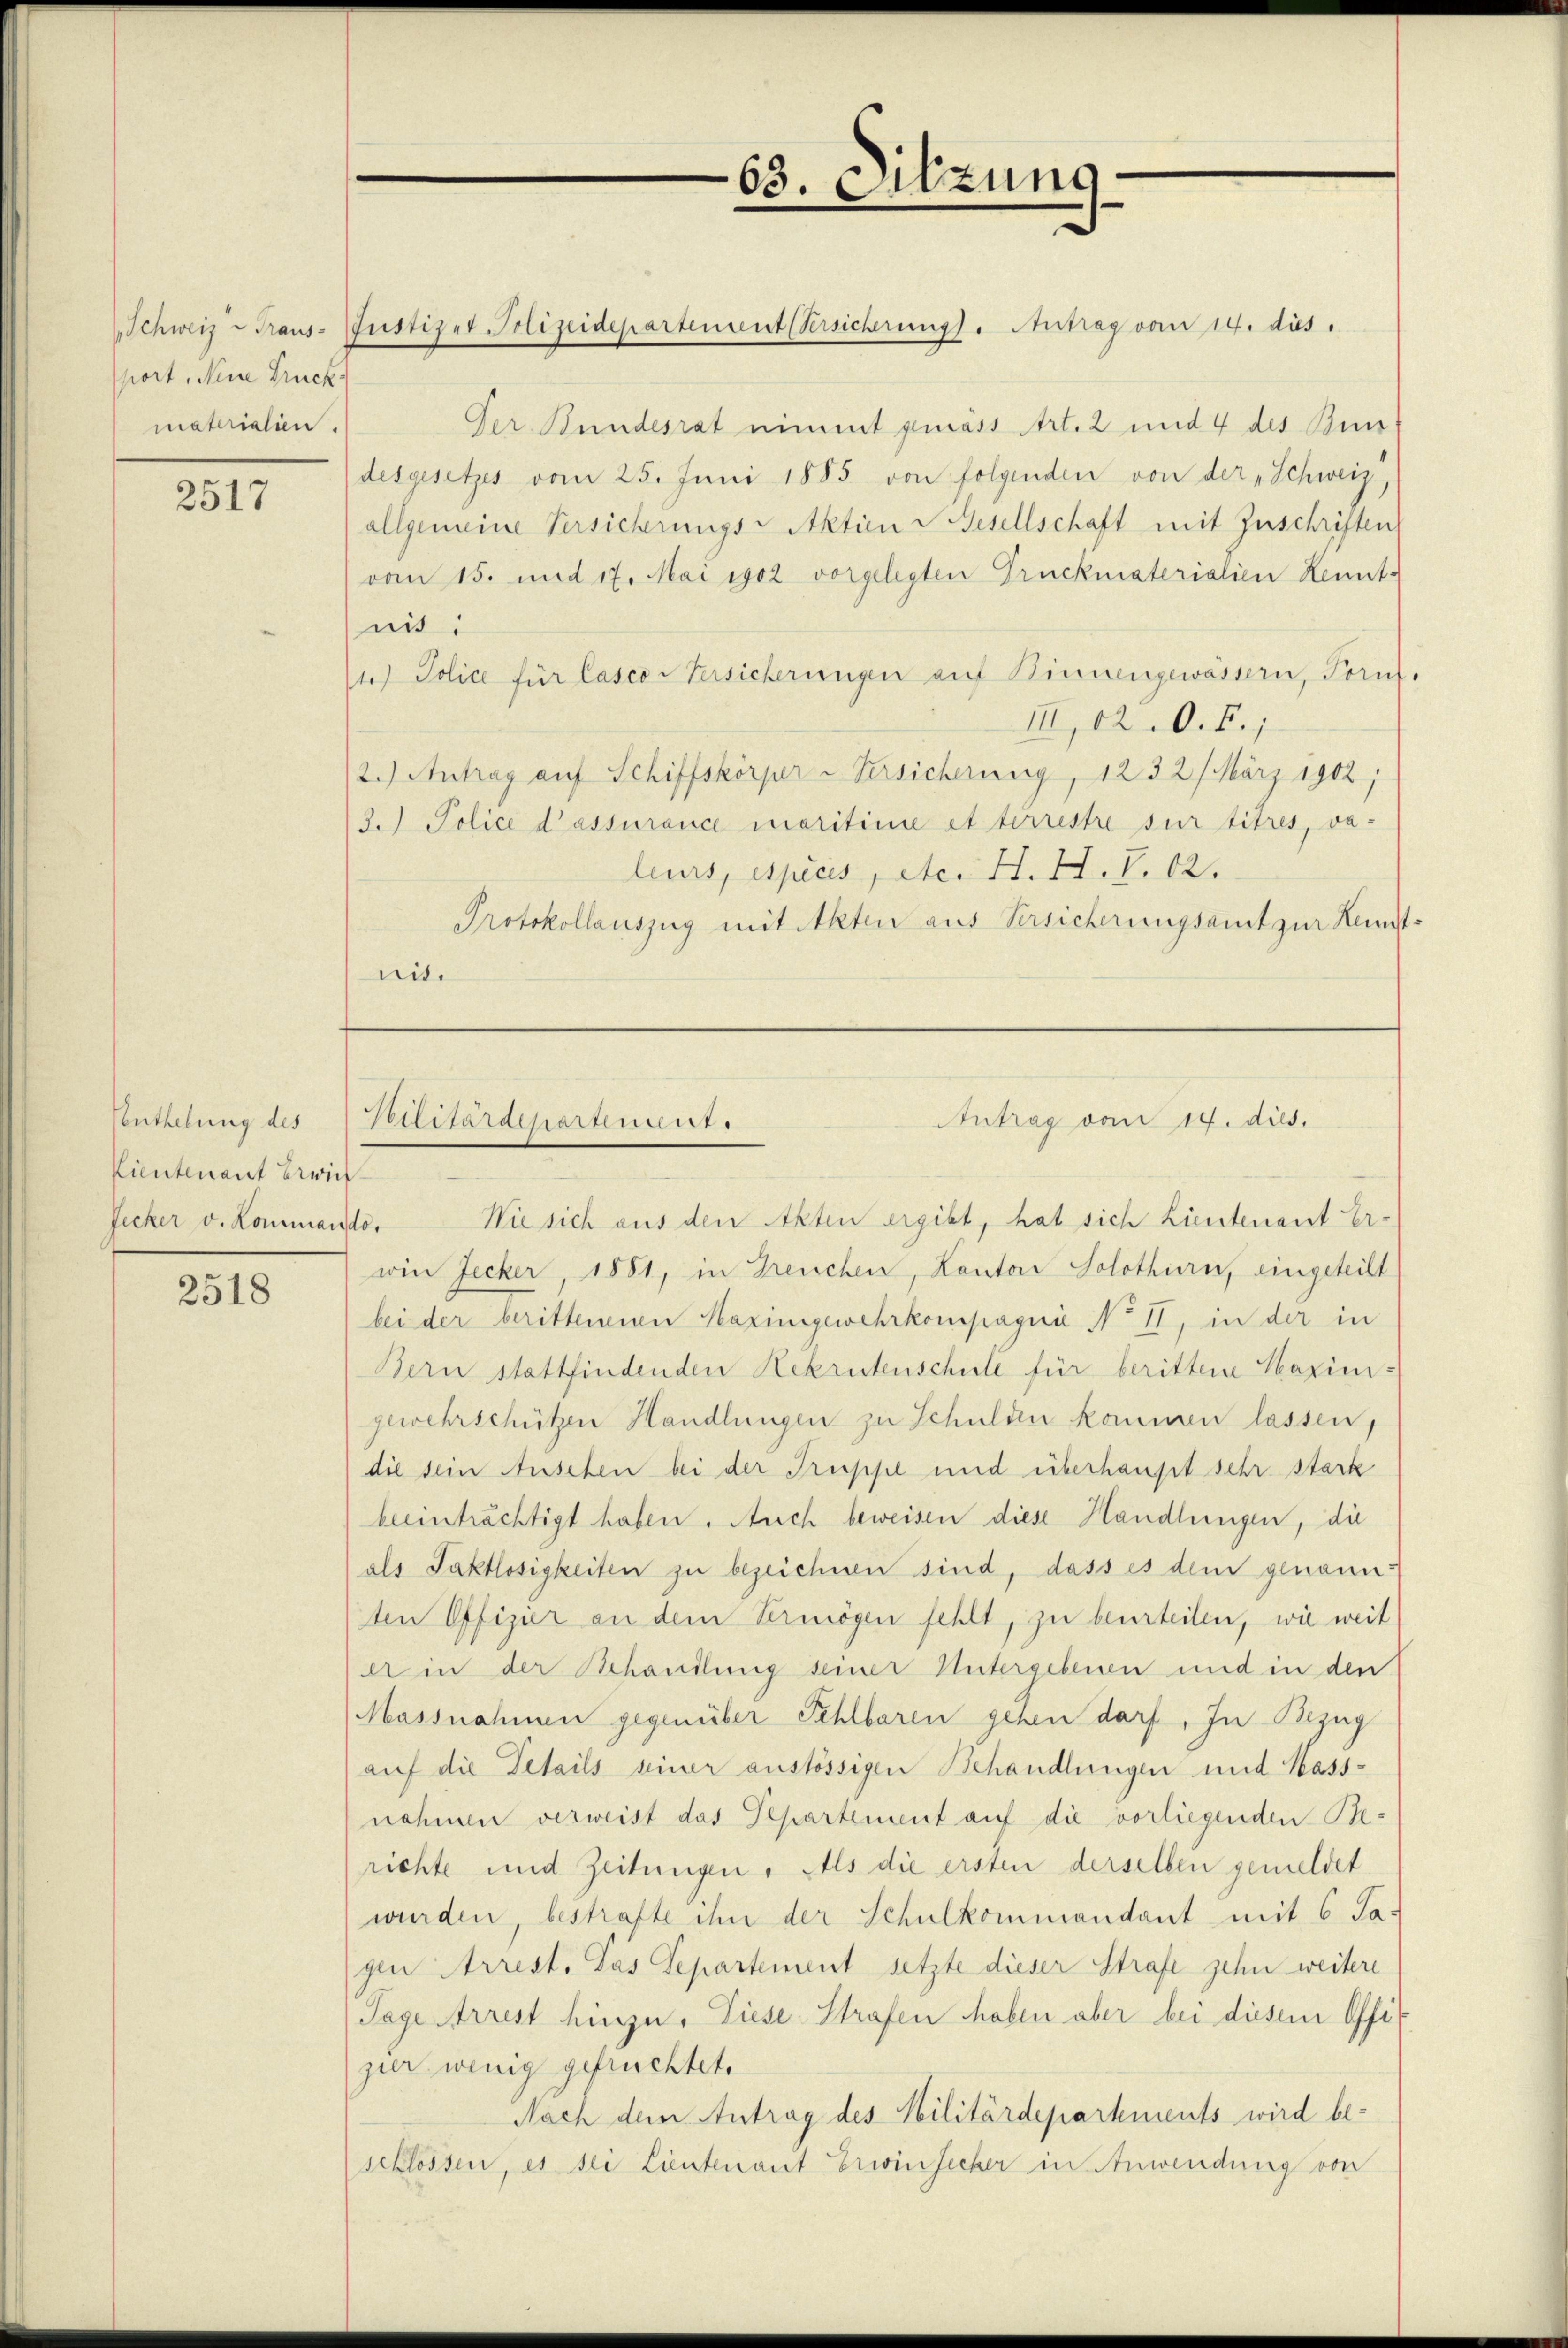
port, Neine Druck
materialien.

2517

Venthebung des
Kientenant Zürich
Jecker v. Kommando,

2518

Der Bundesrat nimmt gemäss Art. 2 und 4 des Bun-
desgesetzes vom 25. Juni 1885 von folgenden von der „Schweiz,
allgemeine Versicherungs-Aktien v. Gesellschaft mit Zuschriften
vom 15. und 17. Mai 1902 vorgelegten Truckmaterialien Kennt-
nis:
1) Police für Casco-Versicherungen auf Kinnengewässern, Toruf.
III, 12. O. F.,
2.) Antrag auf Schiffskörper - Versicherung, 1232/ März 1902;
3. Police d’assurance maritime et tirrestre sur titres, va-
leurs, espicis, etc. H. H. V. 12.
Protokollauszug mit Akten aus Versicherungsamt zur Kunstnit.

Schweiz Traus-Justizer Polizeidepartement Versicherungs- Antrag vom 14. dies

63. Sitzung

Antrag vom 14. dies.
Veilitärdepartement.

Wie sich aus den Akten ergibt, hat sich Lieutenant Er-
wie Jecker, 1881, in Greuchen, Kanton Solothurn, eingeteilt
bei der berittenenen Maximigewehrkompagnie No II, in der in
Bern stattfindenden Rekrutenschule für berittene Harinigewehrschützen Handlungen zu Schulden kommen lassen,
die sein Auschen bei der Truppe und überhaupt sehr stark
beeinträchtigt haben. Auch beweisen diese Handlungen, die
als Faktlosigkeiten zu bezeichnen sind, dass es dem genannten Offizier an dem Vermögen fehlt, zu beurteilen, wie weit
er in der Behandlung seiner Untergebenen und in den
Massnahmen gegenüber Fehlbaren gehen darf. In Bezug
auf die Details seiner anstössigen Behandlungen und Kass-
nahmen verweist das Departement auf die vorliegenden Berichte und Zeitungen. Als die ersten derselben gemeldet
wurden bestrafte ihn der Schulkommandant mit 6 Ta-
gen Arrest. Das Separtement setzte dieser Strafe zehn weitere
Tage Arrest hinzu. Diese Strafen haben aber bei diesem Offizier wenig gefrüchtet.
Nach den Antrag des Militärdepartements wird be-
schlossen, es sei Lieutenant Erwinsicher in Anwendung von